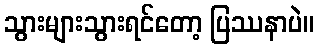
သွားများသွားရင်တော့ ပြဿနာပဲ။